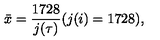
{ \bar { x } } = \frac { 1 7 2 8 } { j ( \tau ) } ( j ( i ) = 1 7 2 8 ) ,